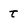
Character: t